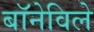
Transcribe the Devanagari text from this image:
बॉनेविले